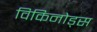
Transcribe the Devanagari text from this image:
विकिनोड्स